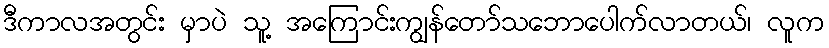
ဒီကာလအတွင်း မှာပဲ သူ့ အကြောင်းကျွန်တော်သဘောပေါက်လာတယ်၊ လူက